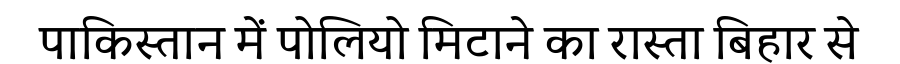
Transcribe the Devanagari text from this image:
पाकिस्तान में पोलियो मिटाने का रास्ता बिहार से